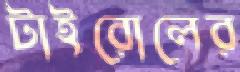
টাইরোলের